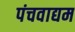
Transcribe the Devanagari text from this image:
पंचवाद्यम